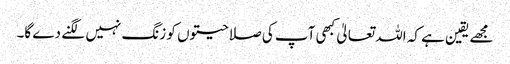
مجھے یقین ہے کہ اللہ تعالیٰ کبھی آپ کی صلاحیتوں کو زنگ نہیں لگنے دے گا۔